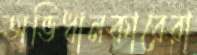
অভিধানকারেরা